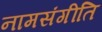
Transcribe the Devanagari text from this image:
नामसंगीति